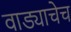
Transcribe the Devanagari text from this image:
वाड्याचेच